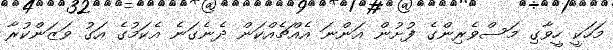
މަހަކީ ހީވާގި މަސްވެރިންގެ ފުށުން އަންނަ އެއްޗެއްކަން ދެނެގަނެ އެކަމުގެ އަގު ވަޒަންކުރާ